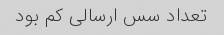
تعداد سس ارسالی کم‌ بود